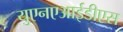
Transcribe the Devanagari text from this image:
युएनएआईडीएस